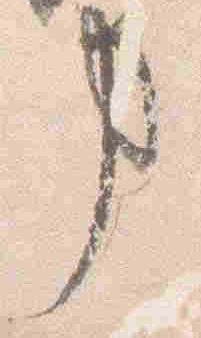
事